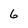
Character: 6